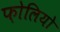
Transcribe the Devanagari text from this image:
फ़ोलियो